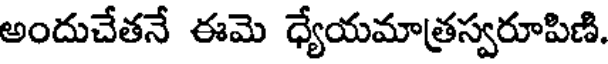
అందుచేతనే ఈమె ధ్యేయమాత్రస్వరూపిణి.